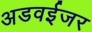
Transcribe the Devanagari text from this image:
अडवईजर